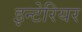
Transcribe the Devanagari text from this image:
इन्टेरियर